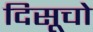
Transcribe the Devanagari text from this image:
दिसूचो